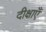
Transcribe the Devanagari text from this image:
दीक्षाएँ